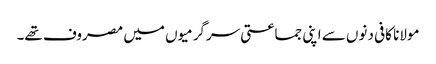
مولانا کافی دنوں سے اپنی جماعتی سرگرمیوں میں مصروف تھے۔